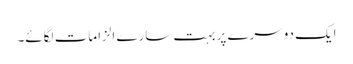
ایک دوسرے پر بہت سارے الزامات لگائے۔